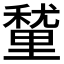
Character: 𮡚